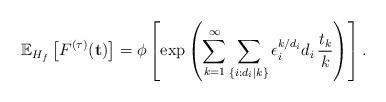
LaTeX: \begin{align*}\mathbb{E}_{H_f}\left[ F^{(\tau)}(\textbf{t}) \right] = \phi \left[\exp\left( \sum_{k=1}^\infty \sum_{\{i: d_i|k\}}\epsilon_i^{k/d_i}d_i \, \frac{t_k}{k} \right)\right].\end{align*}